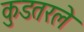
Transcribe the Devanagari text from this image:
कुडतरले